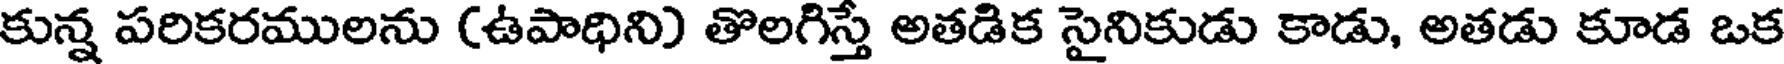
కున్న పరికరములను (ఉపాధిని) తొలగిస్తే అతడిక సైనికుడు కాడు, అతడు కూడ ఒక